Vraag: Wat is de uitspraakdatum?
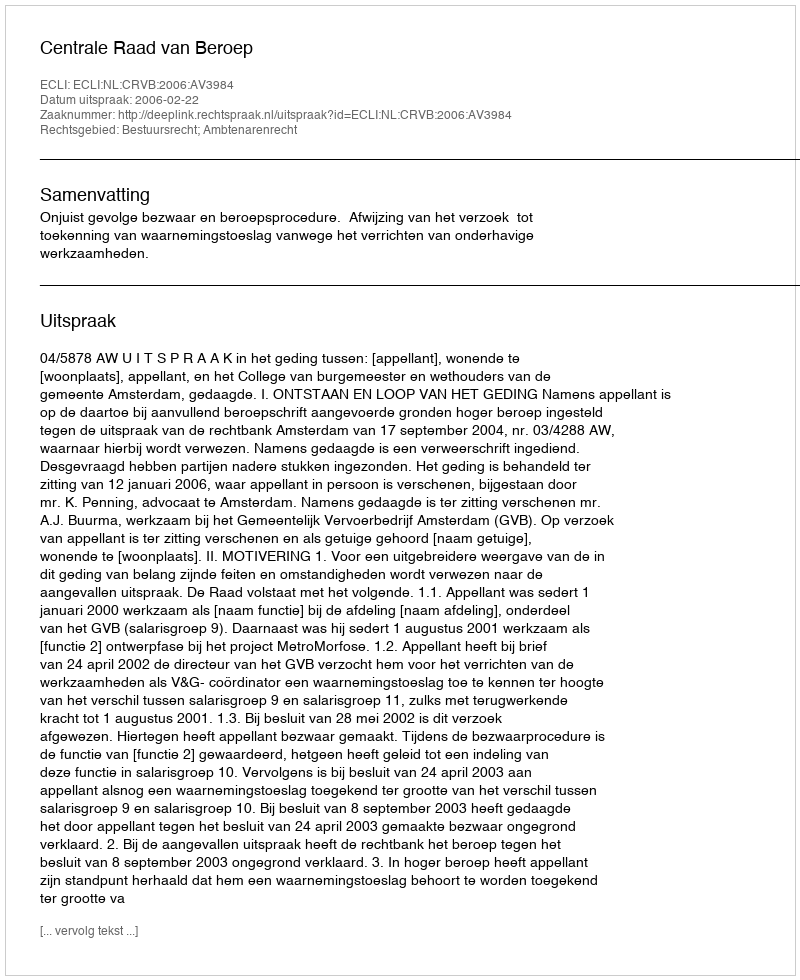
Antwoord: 2006-02-22